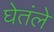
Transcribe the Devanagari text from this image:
घेतंले